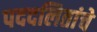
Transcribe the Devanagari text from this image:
पददलितांचे